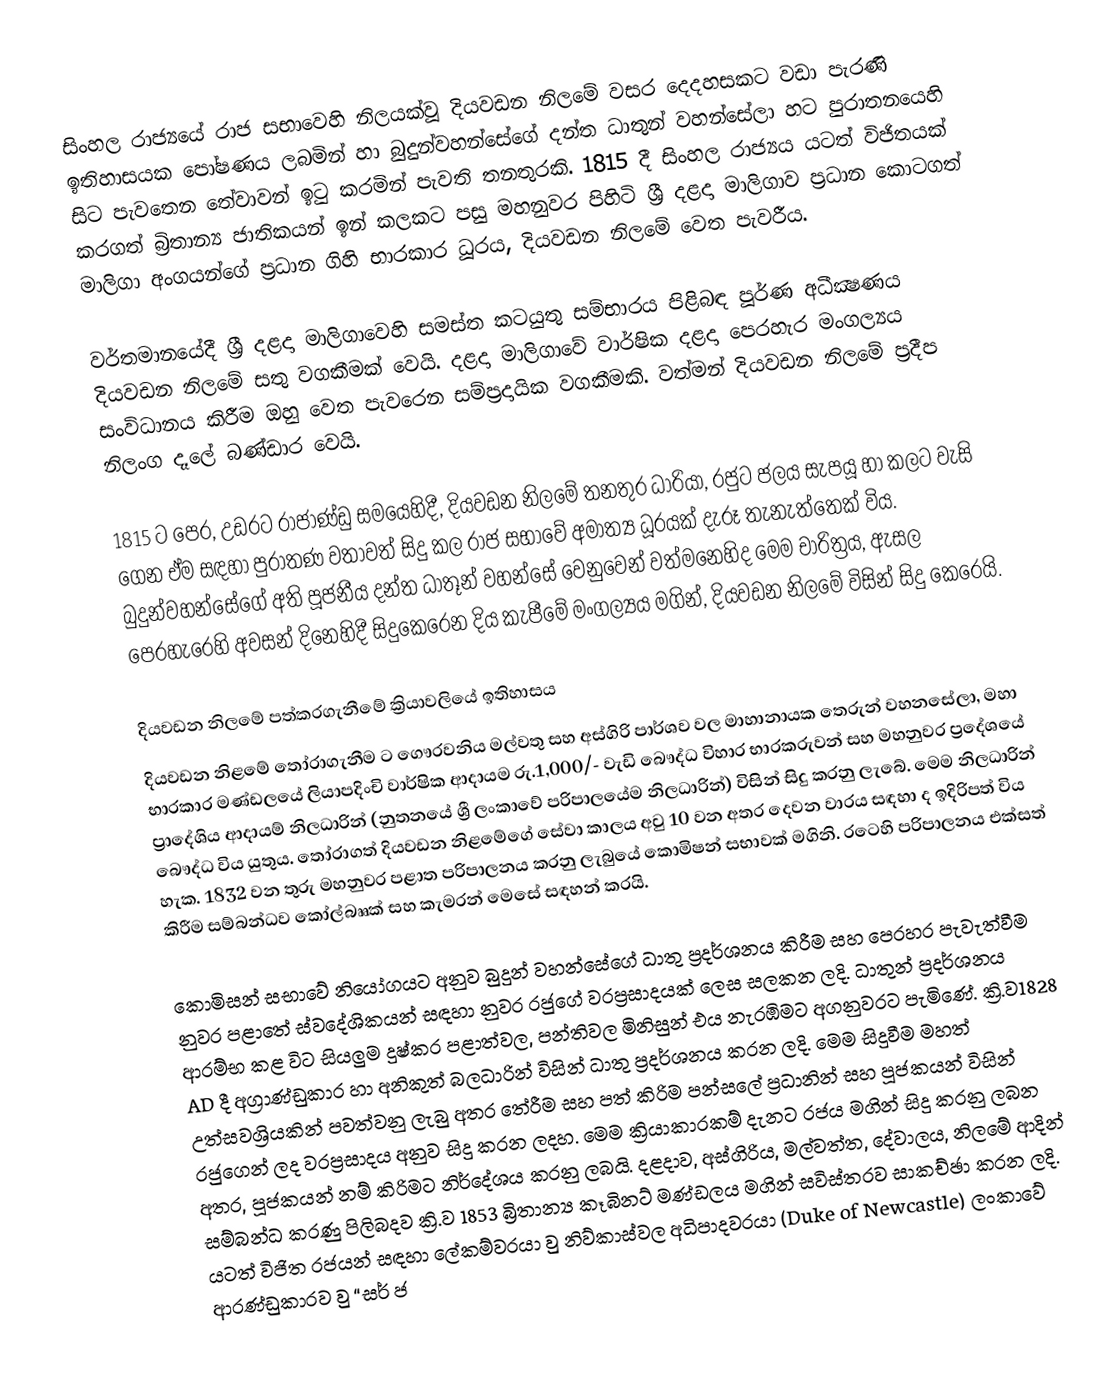
සිංහල රාජ්‍යයේ රාජ සභාවෙහි නිලයක්වූ  දියවඩන නිලමේ  වසර දෙදහසකට වඩා පැරණි ඉතිහාසයක පෝෂණය ලබමින් හා බුදුන්වහන්සේගේ දන්ත ධාතුන් වහන්සේලා හට පුරාතනයෙහි සිට පැවතෙන තේවාවන් ඉටු කරමින් පැවති තනතුරකි. 1815 දී සිංහල රාජ්‍යය යටත් විජිතයක් කරගත් බ්‍රිතාන්‍ය ජාතිකයන් ඉන් කලක‍ට පසු මහනුවර පිහිටි  ශ්‍රී දළදා මාලිගාව ප්‍රධාන කො‍ටගත් මාලිගා අංගයන්ගේ ප්‍රධාන ගිහි භාරකාර ධූරය, දියවඩන නිලමේ වෙත පැවරීය.

වර්තමානයේදී ශ්‍රී දළදා මාලිගාවෙහි සමස්ත කටයුතු සම්භාරය පිළිබඳ පූර්ණ අධීක්‍ෂණය දියවඩන නිලමේ සතු වගකීමක් වෙයි. දළදා මාලිගාවේ වාර්ෂික දළදා පෙරහැර මංගල්‍යය සංවිධානය කිරීම ඔහු වෙත පැවරෙන සම්ප්‍රදායික වගකීමකි. වත්මන් දියවඩන නිලමේ ප්‍රදීප නිලංග දෑලේ බණ්ඩාර වෙයි.

1815 ට පෙර, උඩරට රාජාණ්ඩු සමයෙහිදී, දියවඩන නිලමේ තනතුර ධාරියා, රජුට ජලය සැපයූ හා කලට වැසි ගෙන ඒම සඳහා පුරාතණ වතාවත් සිදු කල රාජ සභාවේ අමාත්‍ය ධූරයක් දැරූ තැනැත්තෙක් විය. බුදුන්වහන්සේගේ අති පූජනීය දන්ත ධාතූන් වහන්සේ වෙනුවෙන් වත්මනෙහිද මෙම චාරිත්‍රය, ඇසල පෙරහැරෙහි අවසන් දිනෙහිදී සිදුකෙරෙන  දිය කැපීමේ මංගල්‍යය මගින්, දියවඩන නිලමේ විසින් සිදු කෙරෙයි.

දියවඩන නිලමේ පත්කරගැනීමේ ක්‍රියාවලියේ  ඉතිහාසය
දියවඩන නිළමේ තෝරාගැනීම ට ගෞරවනිය මල්වතු සහ අස්ගිරි පාර්ශව වල මාහානායක තෙරුන් වහනසේලා, මහා භාරකාර මණ්ඩලයේ ලියාපදිංචි වාර්ෂික ආදායම  රු.1,000/- වැඩි බෞද්ධ විහාර භාරකරුවන් සහ මහනුවර ප්‍රදේශයේ ප්‍රාදේශිය ආදායම් නිලධාරින් (නුතනයේ ශ්‍රී ලංකාවේ පරිපාලයේම නිලධාරින්) විසින් සිදු කරනු ලැබේ. මෙම නිලධාරින් බෞද්ධ විය යුතුය. තෝරාගත් දියවඩන නිළමේගේ සේවා  කාලය අවු 10 වන අතර දෙවන වාරය සඳහා ද ඉදිරිපත් විය හැක. 1832 වන තුරු  මහනුවර පළාත පරිපාලනය කරනු ලැබුයේ කොමිෂන් සභාවක් මගිනි. රටෙහි පරිපාලනය එක්සත් කිරීම සම්බන්ධව කෝල්බෲක් සහ කැමරන් මෙසේ සඳහන් කරයි.

කොමිසන් සභාවේ නියෝගයට අනුව බුදුන් වහන්සේගේ ධාතු ප්‍රදර්ශනය කිරීම සහ පෙරහර පැවැත්වීම නුවර පළාතේ ස්වදේශිකයන් සඳහා නුවර රජුගේ වරප්‍රසාදයක් ලෙස සලකන ලදි. ධාතුන් ප්‍රදර්ශනය ආරම්භ කළ විට සියලුම දුෂ්කර පළාත්වල, පන්තිවල මිනිසුන් එය නැරඹිමට අගනුවරට පැමිණේ. ක්‍රි.ව1828 AD දී අග්‍රාණ්ඩුකාර හා අනිකුත් බලධාරින් විසින් ධාතු ප්‍රදර්ශනය කරන ලදි. මෙම සිදුවීම මහත් උත්සවශ්‍රියකින් පවත්වනු ලැබු අතර තේරීම සහ පත් කිරිම පන්සලේ ප්‍රධානින් සහ පූජකයන් විසින් රජුගෙන් ලද වරප්‍රසාදය අනුව සිදු කරන ලදහ.  මෙම ක්‍රියාකාරකම් දැනට රජය මගින් සිදු කරනු ලබන අතර, පූජකයන් නම් කිරිමට නිර්දේශය කරනු ලබයි. දළදාව, අස්ගිරිය, මල්වත්ත, දේවාලය, නිලමේ ආදින් සම්බන්ධ කරණු පිලිබදව ක්‍රි.ව 1853 බ්‍රිතාන්‍ය කෑබිනට් මණ්ඩලය මගින් සවිස්තරව සාකච්ඡා කරන ලදි. යටත් විජිත රජයන් සඳහා ලේකම්වරයා වු නිව්කාස්වල අධිපාදවරයා (Duke of Newcastle) ලංකාවේ ආරණ්ඩුකාරව වු “සර් ජ